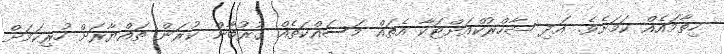
ހިތާމައެއް ކަމަށެވެ. އަދި ޝާހްރުކްއަށްޓަކާ އެތައް މަސައްކަތެއް ގުރުބާން ކުރަން ތައްޔާރަށް ހުރިކަމަށް